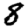
Digit: 8